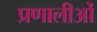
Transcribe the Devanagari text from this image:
प्रणालीओं